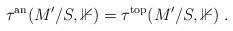
LaTeX: \begin{align*}\tau^\mathrm{an}(M'/S,\mathbb{1}) = \tau^\mathrm{top}(M'/S,\mathbb{1}) \;.\end{align*}